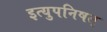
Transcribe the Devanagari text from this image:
इत्युपनिषत्‌